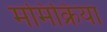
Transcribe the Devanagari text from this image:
ममिक्रिया